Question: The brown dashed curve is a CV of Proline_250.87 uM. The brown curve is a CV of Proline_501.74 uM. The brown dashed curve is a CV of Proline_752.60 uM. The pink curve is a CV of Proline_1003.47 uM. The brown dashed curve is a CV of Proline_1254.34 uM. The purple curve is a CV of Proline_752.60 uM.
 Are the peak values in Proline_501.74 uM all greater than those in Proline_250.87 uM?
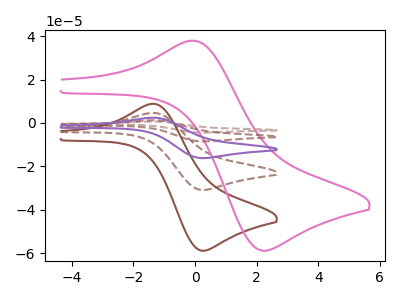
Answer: <think>The brown dashed curve "Proline_250.87 uM" has an anodic peak at (-1.30V, 4.60uA) and a cathodic peak at (0.25V, -30.90uA). The brown curve "Proline_501.74 uM" has an anodic peak at (-1.30V, 8.80uA) and a cathodic peak at (0.25V, -58.90uA). The brown dashed curve "Proline_752.60 uM" has an anodic peak at (-1.30V, 18.45uA) and a cathodic peak at (0.25V, -123.60uA). The pink curve "Proline_1003.47 uM" has an anodic peak at (0.00V, 37.85uA) and a cathodic peak at (2.20V, -58.90uA). The brown dashed curve "Proline_1254.34 uM" has an anodic peak at (-1.30V, 13.85uA) and a cathodic peak at (0.25V, -92.70uA). The purple curve "Proline_752.60 uM" has an anodic peak at (-1.30V, 9.20uA) and a cathodic peak at (0.25V, -61.80uA).</think>
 <answer>Every peak in "Proline_501.74 uM" is higher than every peak in "Proline_250.87 uM".</answer>
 <eval>higher</eval>